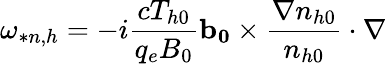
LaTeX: \omega_{*n,h}=-i\frac{cT_{h0}}{q_{e}B_{0}}\mathbf{b_{0}}\times\frac{\nabla n_{h0}}{n_{h0}}\cdot\nabla